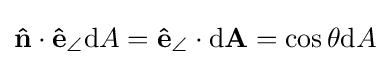
\mathbf {\hat {n}} \cdot \mathbf {\hat {e}} _{\angle }\mathrm {d} A=\mathbf {\hat {e}} _{\angle }\cdot \mathrm {d} \mathbf {A} =\cos \theta \mathrm {d} A\,\!